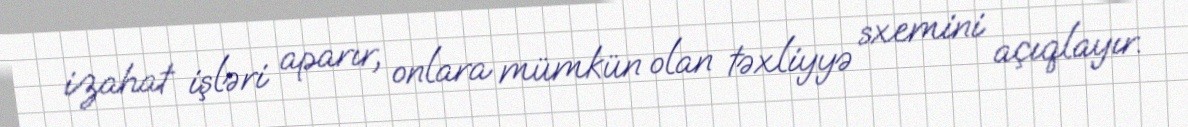
izahat işləri aparır, onlara mümkün olan təxliyyə sxemini açıqlayır.